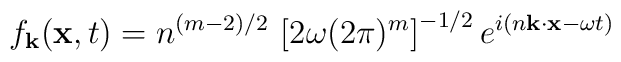
f_{\bf k}({\bf x},t) = n^{(m-2)/2}\,\left[ 2\omega (2\pi)^m \right]^{-1/2}e^{i(n{\bf k}\cdot{\bf x}- \omega t)}